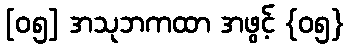
[၀၅] အသုဘကထာ အဖွင့် {၀၅}